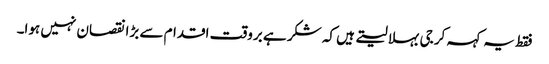
فقط یہ کہہ کر جی بہلا لیتے ہیں کہ شکر ہے بروقت اقدام سے بڑا نقصان نہیں ہوا۔